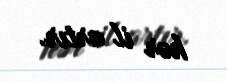
hər il artır.